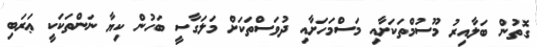
ގޮތުން ބަލާއިރު މޫސުމްތަކަށާއި މަސްމަހަށާއި ދުވަސްތަކަށް މަލަގާސީ ބަހުން ކިޔާ ނަންތަކަކީ ޢަރަބި